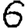
Digit: 6